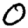
Digit: 0